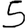
Digit: 5